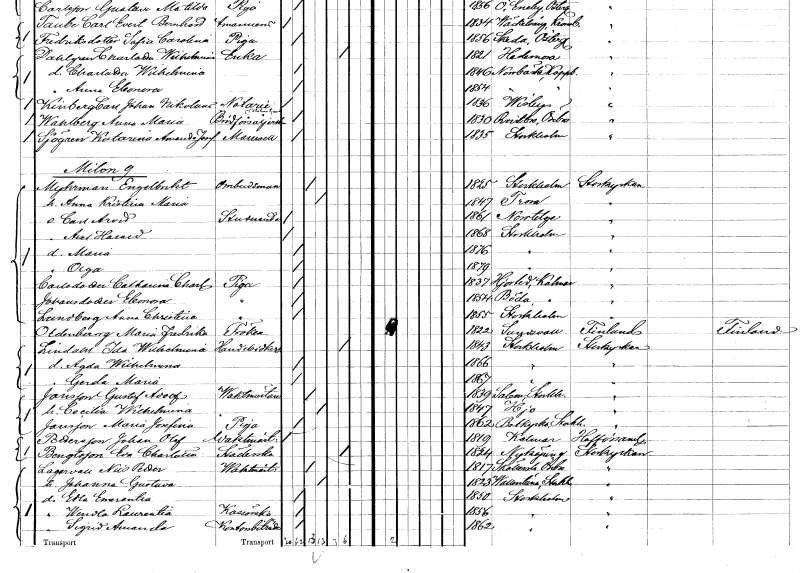
gt_parse: households: individuals: FN: Engelbrekt
EN: Myhrman
YRKE: Ombudsman
KON: M
CIV: G
FODAR: 1825
FODFORS: Stockholm
FN: Anna Kristina Maria
KON: K
CIV: G
FODAR: 1847
FODFORS: Trosa Södermanlands län
FN: Carl Arvid
YRKE: Studerande
KON: M
CIV: O
FODAR: 1861
FODFORS: Norrtälje Stockholms län
FN: Axel Harald
KON: M
CIV: O
FODAR: 1868
FODFORS: Stockholm
FN: Maria
KON: K
CIV: O
FODAR: 1876
FODFORS: Stockholm
FN: Olga
KON: K
CIV: O
FODAR: 1879
FODFORS: Stockholm
FN: Catharina Charlotta
EN: Carlsdotter
YRKE: Piga
KON: K
CIV: O
FODAR: 1837
FODFORS: Hjorted Kalmar län
FN: Eleonora
EN: Johansdotter
YRKE: Piga
KON: K
CIV: O
FODAR: 1854
FODFORS: Böda Kalmar län
FN: Anna Christina
EN: Landberg
YRKE: Piga
KON: K
CIV: O
FODAR: 1855
FODFORS: Stockholm
FN: Maria Fredrika
EN: Oldenburg
KON: K
CIV: O
FODAR: 1822
FODFORS: Sundsvall Västernorrlands län
FN: Ida Wilhelmina
EN: Lindahl
YRKE: Handelsidkerska
KON: K
CIV: E
FODAR: 1843
FODFORS: Stockholm
FN: Agda Wilhelmina
KON: K
CIV: O
FODAR: 1866
FODFORS: Stockholm
FN: Gerda Maria
KON: K
CIV: O
FODAR: 1867
FODFORS: Stockholm
FN: Gustaf Adolf
EN: Jansson
YRKE: Vaktmästare
KON: M
CIV: G
FODAR: 1839
FODFORS: Salem Stockholms län
FN: Cecilia Wilhelmina
KON: K
CIV: G
FODAR: 1847
FODFORS: Hjo Skaraborgs län
FN: Maria Josefina
EN: Jansson
YRKE: Piga
KON: K
CIV: O
FODAR: 1862
FODFORS: Botkyrka Stockholms län
FN: Johan Olof
EN: Pettersson
YRKE: Vaktmästare
KON: M
CIV: O
FODAR: 1819
FODFORS: Kalmar Kalmar län
FN: Eva Charlotta
EN: Bengtsson
YRKE: Städerska
KON: K
CIV: O
FODAR: 1824
FODFORS: Nyköping Södermanlands län
FN: Nils Petter
EN: Lagervall
YRKE: Vaktmästare
KON: M
CIV: G
FODAR: 1817
FODFORS: Sköllersta Örebro län
FN: Johanna Gustava
KON: K
CIV: G
FODAR: 1823
FODFORS: Vallentuna Stockholms län
FN: Edla Emerentia
KON: K
CIV: O
FODAR: 1850
FODFORS: Stockholm
FN: Wendla Laurentia
YRKE: Kokerska
KON: K
CIV: O
FODAR: 1856
FODFORS: Stockholm
FN: Sigrid Amanda
YRKE: Kontorsbiträde
KON: K
CIV: O
FODAR: 1862
FODFORS: Stockholm